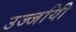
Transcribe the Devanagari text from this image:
उज्जयिी